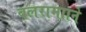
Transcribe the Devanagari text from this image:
बलरामााने